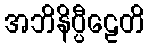
အဘိနိပ္ပီဠေတိ